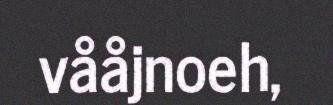
vååjnoeh,